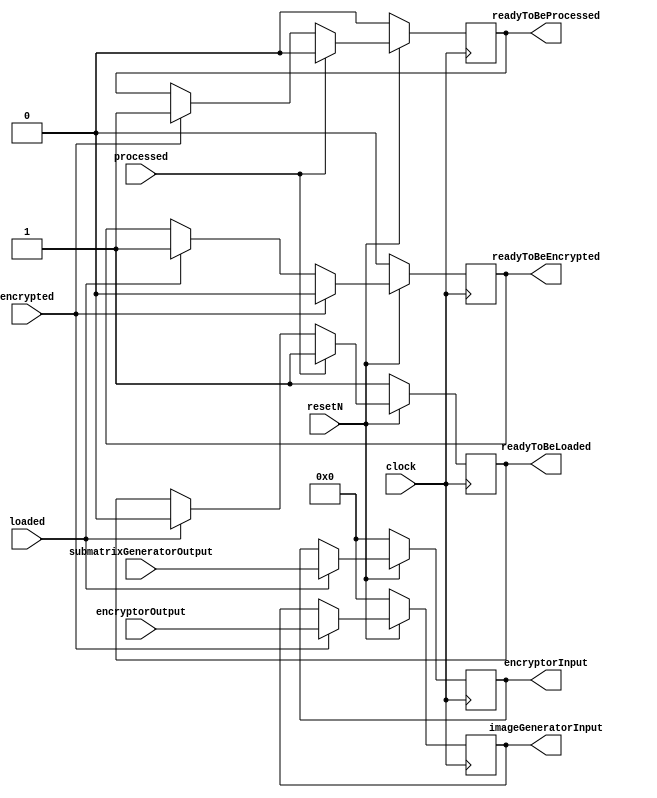
//Modified register used to store a submatrix
//Encryption is performed directly on this register
//"loaded" indicates a new submatrix is ready to be inserted into the register
//"processed" indicates the submatrix has been inserted into the encrypted image
//"encrypted" indicates the submatrix has been replaced with its encrypted version
//"submatrixElements" is used to input new submatrices into the register
//"submatrixOutput" is used to output the current submatrix 
//"readyToBeLoaded" indicates if the current submatrix is ready to be replaced by a new (unencrypted)submatrix
//"readyToBeProcessed" indicates if the submatrix is ready to be inserted into the encrypted image
//"readyToBeEncrypted" indicates the submatrix is ready to be replaced by its encrypted version
//Rest are various inputs and outputs for other modules (indicated by the name)

module Submatrix
(
	clock, 
	resetN, 
	loaded,  
	encrypted,
	processed,	
	readyToBeLoaded,
	readyToBeProcessed,
	readyToBeEncrypted,
	submatrixGeneratorOutput,
   encryptorOutput,
   encryptorInput,
   imageGeneratorInput
);

	input clock;
	input resetN;
	input loaded;
	input processed;
	input encrypted;
	output reg readyToBeLoaded;
	output reg readyToBeProcessed;
	output reg readyToBeEncrypted;

	input		[15:0]	submatrixGeneratorOutput;
	input 		[15:0]	encryptorOutput;
	output reg	[15:0]	encryptorInput;
	output reg	[15:0]	imageGeneratorInput;

	always@(posedge clock)
	begin
		if (!resetN)
		begin
			encryptorInput <= 0; //If reset, the submatrix empties itself and prepares to accept new input
			imageGeneratorInput<=0;
			readyToBeLoaded <= 1;
			readyToBeProcessed <= 0;
			readyToBeEncrypted <= 0;
		end
		
		else
		begin
			if (loaded == 1) //If new data is ready to be loaded, set the register and then let the submatrix creator know the submatrix isn't currently accepting new data
			begin
				encryptorInput <= submatrixGeneratorOutput;
				readyToBeLoaded <= 0;
				readyToBeEncrypted <= 1; //The submatrix is ready to be encrypted
			end
			if (encrypted == 1) //If the submatrix in the register is ready to be replaced with its encrypted version
			begin
				imageGeneratorInput <= encryptorOutput;
				readyToBeEncrypted <= 0;
				readyToBeProcessed <= 1; //The submatrix is ready to be inserted into the encrypted image
			end
			if (processed == 1) //If the submatrix has been succesfully inserted into the encrypted image
			begin
			   readyToBeProcessed <= 0;
				readyToBeLoaded <= 1;
			end
		end
		
	end
endmodule